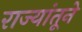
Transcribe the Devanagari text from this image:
राज्यांतूने